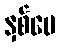
နှစ်ပေ